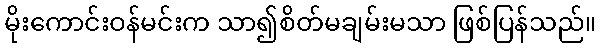
မိုးကောင်းဝန်မင်းက သာ၍စိတ်မချမ်းမသာ ဖြစ်ပြန်သည်။